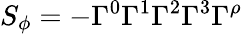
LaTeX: S_{\phi}=-\Gamma^{0}\Gamma^{1}\Gamma^{2}\Gamma^{3}\Gamma^{\rho}